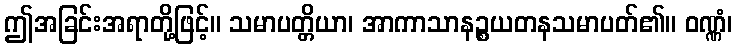
ဤအခြင်းအရာတို့ဖြင့်။ သမာပတ္တိယာ၊ အာကာသာနဉ္စယတနသမာပတ်၏။ ဝဏ္ဏံ၊